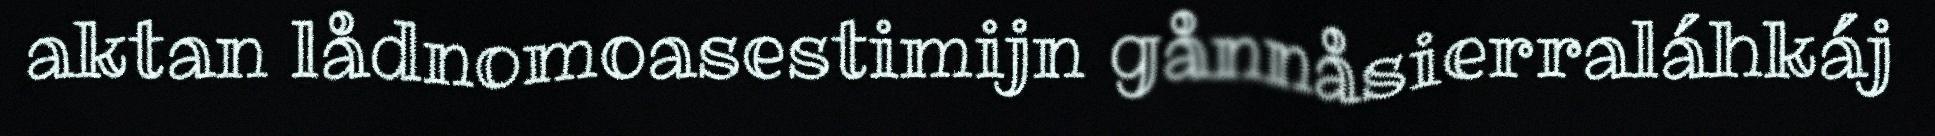
aktan lådnomoasestimijn gånnåsierraláhkáj